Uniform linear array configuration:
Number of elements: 12
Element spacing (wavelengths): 0.75
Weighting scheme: cosine
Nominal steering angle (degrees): -60
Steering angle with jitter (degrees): -61.799
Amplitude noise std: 0.05
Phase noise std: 0.05

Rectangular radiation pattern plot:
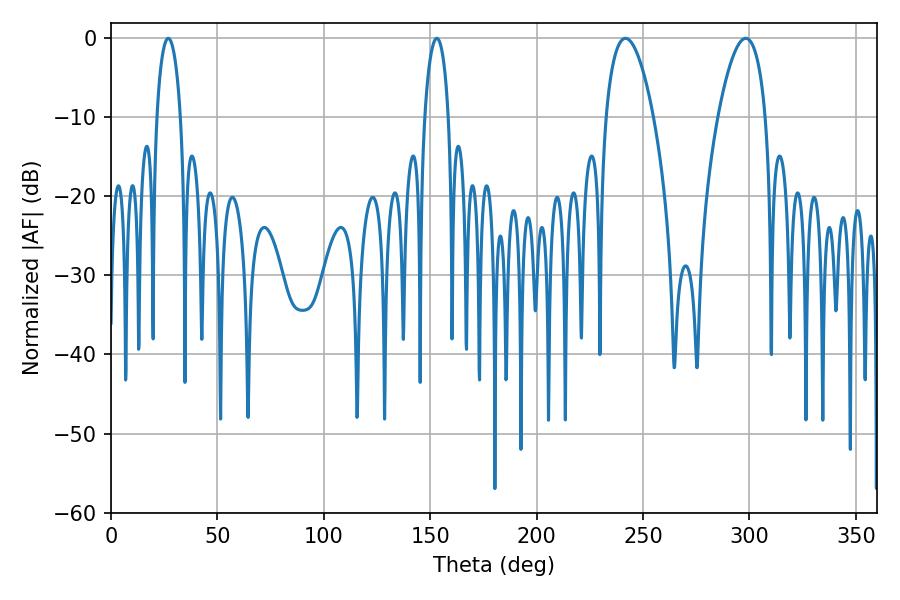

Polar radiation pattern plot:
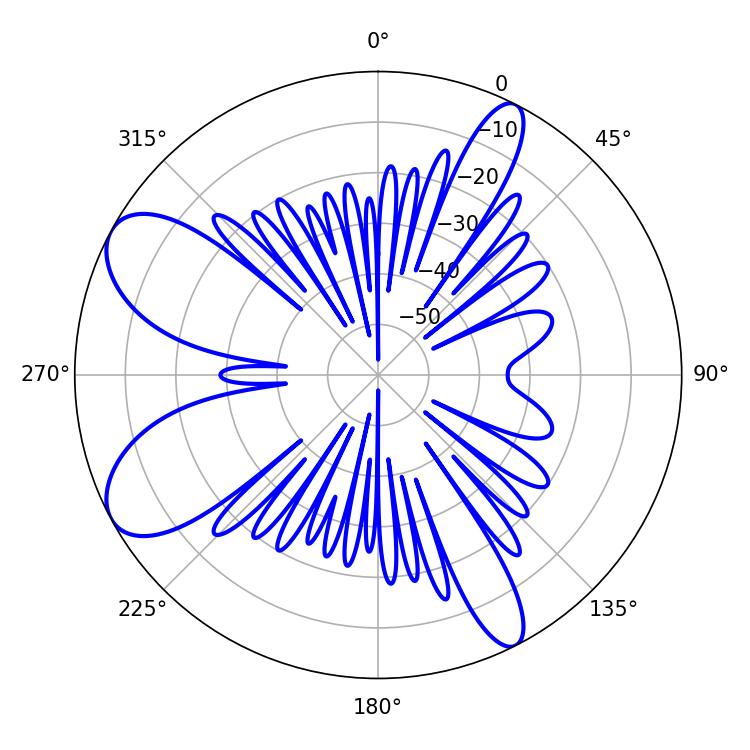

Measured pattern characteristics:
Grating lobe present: TRUE
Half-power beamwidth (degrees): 12.42
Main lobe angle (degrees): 241.74